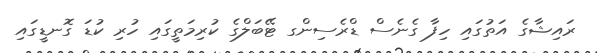
ރައިޝާގެ އަތުގައި ހިފާ ގެނެސް ޑްރެސިންގ ޓޭބަލްގެ ކުރިމަތީގައި ހުރި ކުޑަ ގޮނޑީގައި